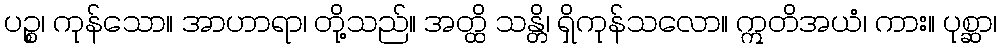
ပဉ္စ၊ ကုန်သော။ အာဟာရာ၊ တို့သည်။ အတ္ထိ သန္တိ၊ ရှိကုန်သလော။ ဣတိအယံ၊ ကား။ ပုစ္ဆာ၊